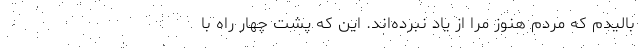
باليدم كه مردم هنوز مرا از ياد نبرده‌اند. اين كه پشت چهار راه با